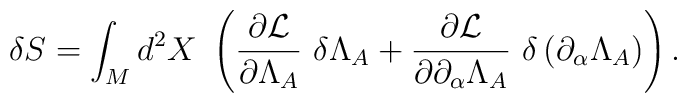
\delta S=\int_{M}d^{2}X\mbox{ }\left( \frac{\partial {\cal L}}{\partial\Lambda _{A}}\mbox{ }\delta \Lambda _{A}+\frac{\partial {\cal L}}{\partial\partial _{\alpha }\Lambda _{A}}\mbox{ }\delta \left( \partial _{\alpha}\Lambda _{A}\right) \right) \mbox{.}